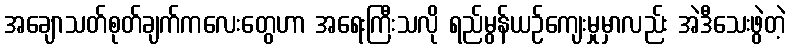
အချောသတ်စုတ်ချက်ကလေးတွေဟာ အရေးကြီးသလို ရည်မွန်ယဉ်ကျေးမှုမှာလည်း အဲဒီသေးဖွဲတဲ့